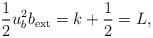
LaTeX: \begin{align*}\frac{1}{2}u^2_bb_{\rm ext}=k+\frac{1}{2}=L,\end{align*}